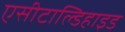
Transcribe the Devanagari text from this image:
एसीटाल्डिहाइड